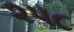
૨૫૮